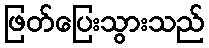
ဖြတ်ပြေးသွားသည်